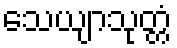
သေယျာသုတ္တံ